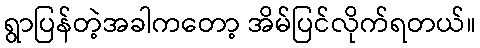
ရွာပြန်တဲ့အခါကတော့ အိမ်ပြင်လိုက်ရတယ်။